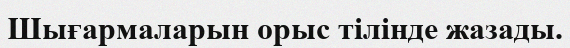
Шығармаларын орыс тілінде жазады.